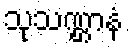
သုသဏ္ဌာနံ